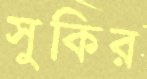
সুকির